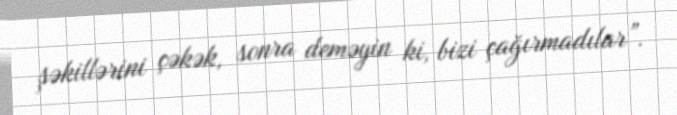
şəkillərini çəkək, sonra deməyin ki, bizi çağırmadılar”.